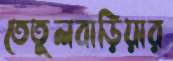
তেতুলবাড়িয়ার